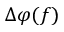
\Delta \varphi ( f )